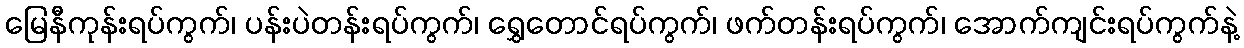
မြေနီကုန်းရပ်ကွက်၊ ပန်းပဲတန်းရပ်ကွက်၊ ရွှေတောင်ရပ်ကွက်၊ ဖက်တန်းရပ်ကွက်၊ အောက်ကျင်းရပ်ကွက်နဲ့